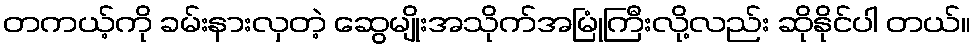
တကယ့်ကို ခမ်းနားလှတဲ့ ဆွေမျိုးအသိုက်အမြုံကြီးလို့လည်း ဆိုနိုင်ပါ တယ်။